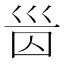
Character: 𡿸